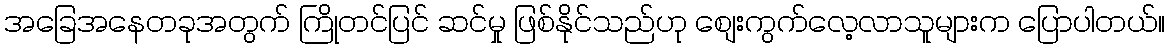
အခြေအနေတခုအတွက် ကြိုတင်ပြင် ဆင်မှု ဖြစ်နိုင်သည်ဟု စျေးကွက်လေ့လာသူများက ပြောပါတယ်။